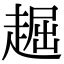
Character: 䞷